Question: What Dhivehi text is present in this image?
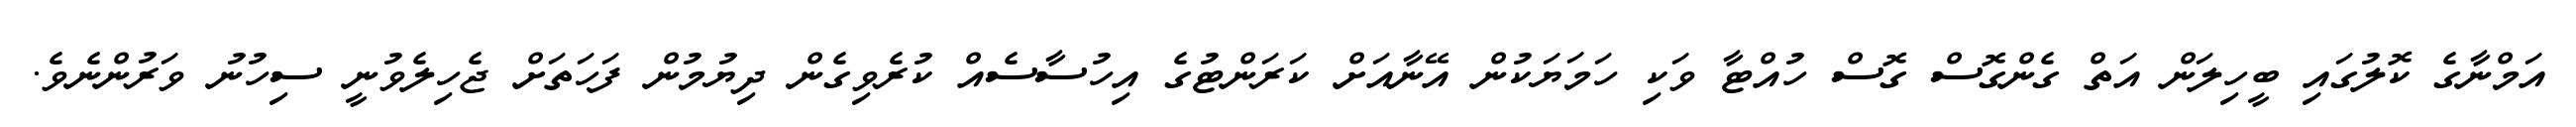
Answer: އަމްނާގެ ކޮލުގައި ބީހިލަން އަތް ގެންގޮސް ގޮސް ހުއްޓާ ވަކި ހަމަޔަކުން އޭނާއަށް ކަރަންޓުގެ އިހުސާސެއް ކުރެވިގެން ދިޔުމުން ފަހަތަށް ޖެހިލެވުނީ ސިހުނު ވަރުންނެވެ.